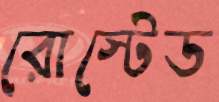
রোস্টেড